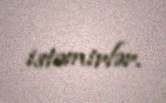
istəmirlər.